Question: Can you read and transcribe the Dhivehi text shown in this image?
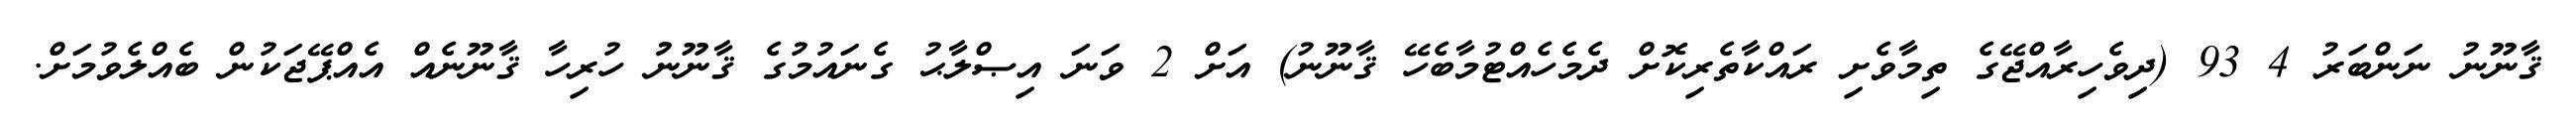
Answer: ޤާނޫނު ނަންބަރު 4 93 (ދިވެހިރާއްޖޭގެ ތިމާވެށި ރައްކާތެރިކޮށް ދެމެހެއްޓުމާބެހޭ ޤާނޫނު) އަށް 2 ވަނަ އިޞްލާޙު ގެނައުމުގެ ޤާނޫނުު ހުރިހާ ޤާނޫނެއް އެއްޕޭޖަކުން ބެއްލެވުމަށް.